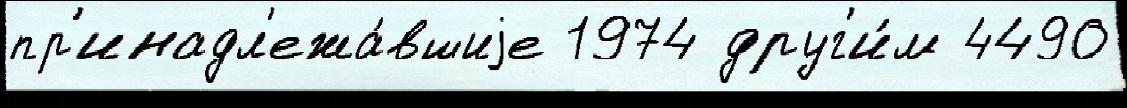
пр'инадл'ежа́вшиjе 1974 друг'и́м 4490